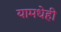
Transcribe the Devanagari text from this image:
यामधेही